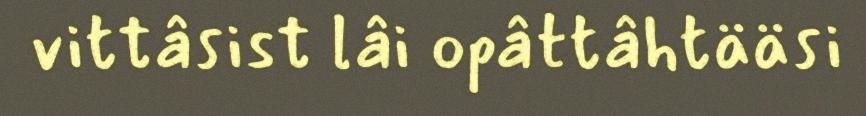
vittâsist lâi opâttâhtääsi